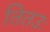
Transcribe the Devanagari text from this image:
तितउः